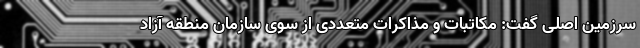
سرزمین اصلی گفت: مکاتبات و مذاکرات متعددی از سوی سازمان منطقه آزاد